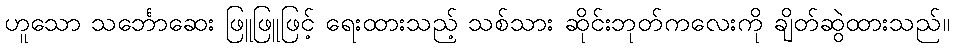
ဟူသော သင်္ဘောဆေး ဖြူဖြူဖြင့် ရေးထားသည့် သစ်သား ဆိုင်းဘုတ်ကလေးကို ချိတ်ဆွဲထားသည်။